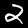
Digit: 2